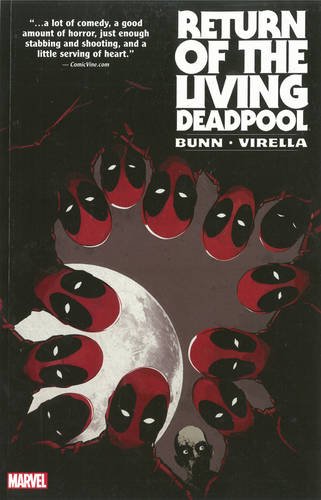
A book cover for Return of the Living Deadpool; Marvel Comics; Comics & Graphic Novels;